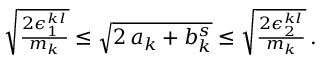
\begin{array} { r } { \sqrt { \frac { 2 \epsilon _ { 1 } ^ { k l } } { m _ { k } } } \le \sqrt { 2 \, a _ { k } + b _ { k } ^ { s } } \le \sqrt { \frac { 2 \epsilon _ { 2 } ^ { k l } } { m _ { k } } } \, . } \end{array}